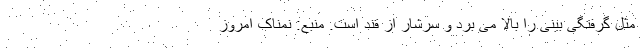
مثل گرفتگی بینی را بالا می برد و سرشار از قند است. منبع: نمناک امروز